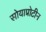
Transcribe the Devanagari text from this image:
सोयाप्रोटीन